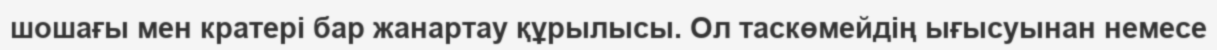
шошағы мен кратері бар жанартау құрылысы. Ол таскөмейдің ығысуынан немесе